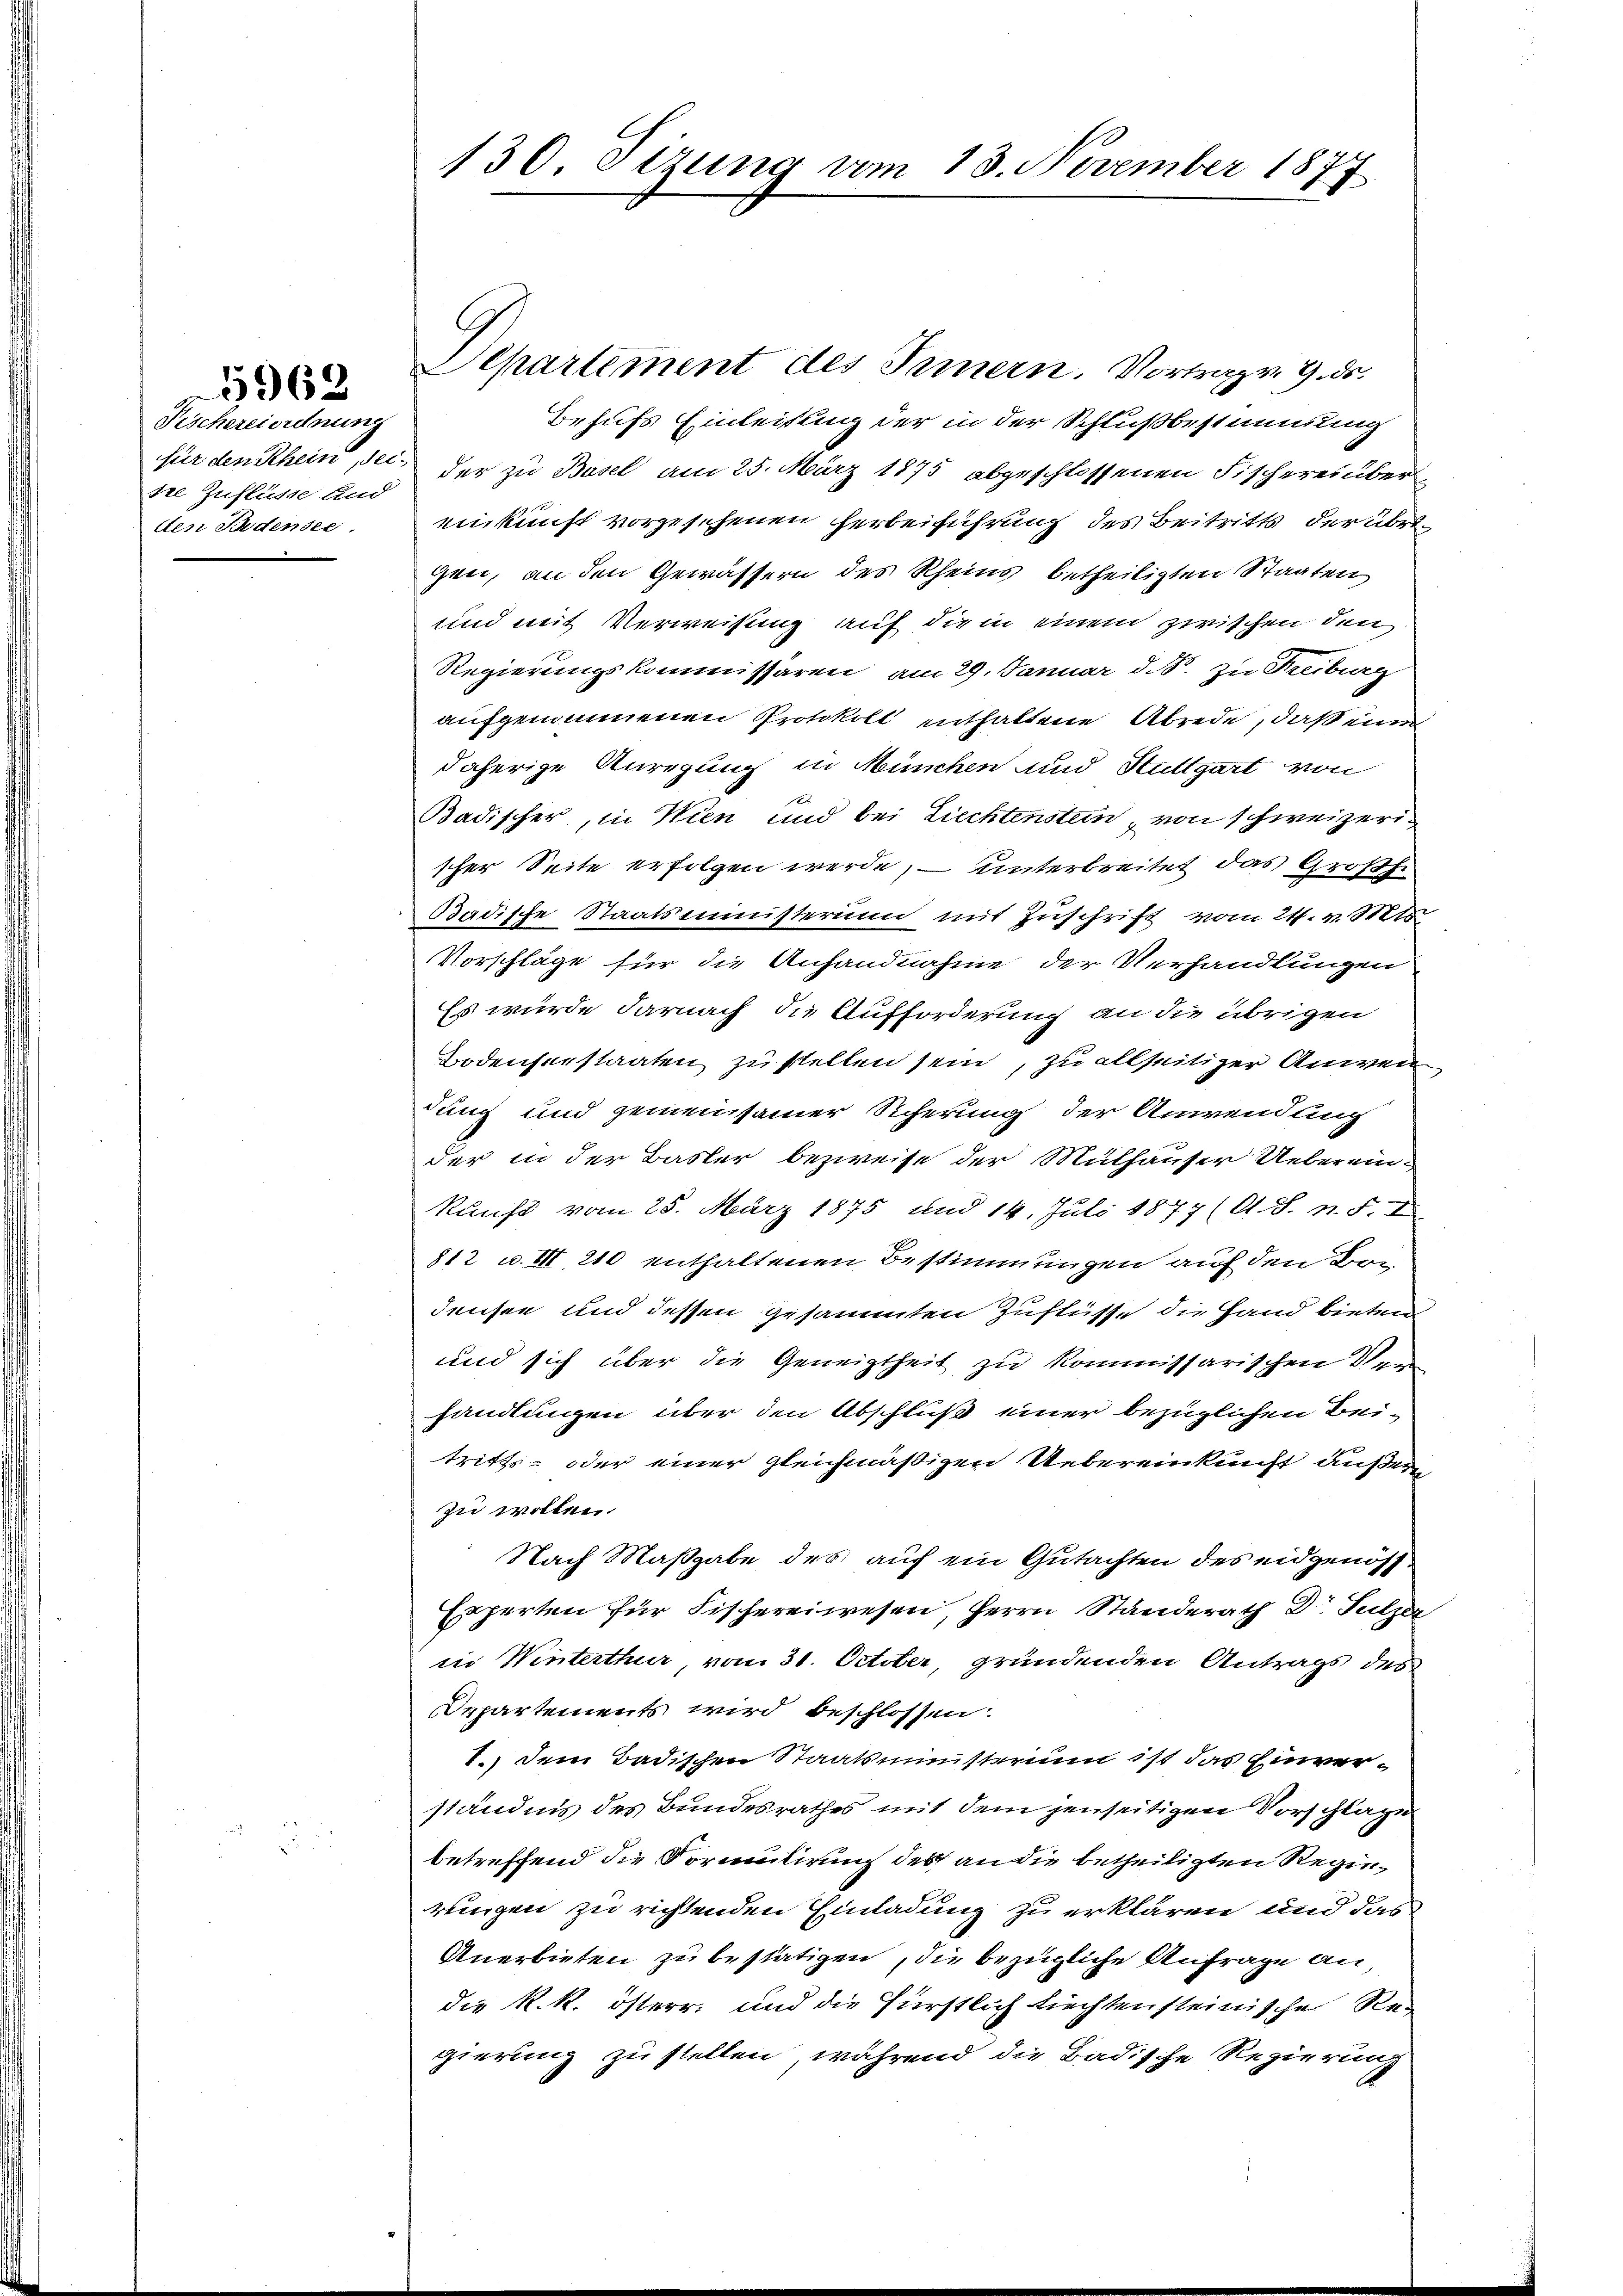
Fischereiordnung
sre Zuflüsse und
den Südensee.

5962

Departement des Innern. Vortrag. 9. ds.
Behufs Einleistung der in der Schlußbestimmung
für den Rhein, sei der zu Basel am 25. März 1875 abgeschlossenen Fischereinber
einkunft vorgesehenen Herbeiführung des Beitritts der übri
gen, an den Gewässern des Rheins betheiligten Staaten
und mit Verweisung auf die in einem zwischen den
Regierungskommissären, am 29. Januar d. B. zu Freiburg
aufgenommenen Protokoll enthaltene Abrede, daß ein
daherige Anregung in München und Stuttgart von
Badischer, in Wien und bei Liechtenstein von schweizerischer Seite erfolgen werde, – unterbreitet das Großhe
Badische Staatsministerium mit Zuschrift vom 24. v. Stets
Vorschläge für die Anhandnahme der Verhandlungen
Es wurde darnach die Aufforderung an die übrigen
Bodenserstaaten zu stellen sein, zu allseitiger Anwen
dung und gemeinsamer Sicherung der Anwendung
der in der Basler bezweife der Mülhauser Ueberein-
kauft vom 25. März 1875 und 14. Juli 1877 (lt. S. n. F. I
812 u. III 210 enthaltenen Bestimmungen auf den Bon
densee und dessen gesammten Zuflüsse die Hand bieten
und sich über die Geneigtheit zu kommissarischen Ver
handlungen über den Abschluß einer bezüglichen Bei-
tritts- oder einer gleichmäßigen Uebereinkunft außerzu wollen.
Nach Maßgabe des auf ein Gutachten des eidgenöss
Experten für Fischereiwesen, Herrn Standerath Dr. Sulzer
in Winterthur, vom 31. October, gründenden Antrags des
Departements wird beschlossen:
1.) Dem Badischen Staatsministerium ist das Einverständnis des Bundesrathes mit dem jenseitigen Vorschläge
betreffend die Formulirung des an die betheiligten Regierungen zu richtenden Einladung zu erklären, und das
Anerbieten zu bestätigen, die bezügliche Anfrage andie k. k. österr. und die fürstlich tiechten steinische Regierung zu stellen, während die Badische Regierung

130. Sizung am 13. November 1877